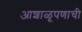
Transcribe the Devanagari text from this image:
आशाळूपणाची